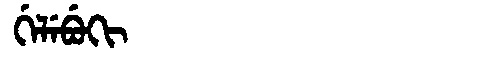
Manchu: ᡤᡝᠯᡝᠪᡠᡴᡳ
Romanization: GELEBUKI